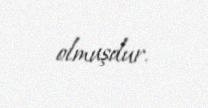
olmuşdur.